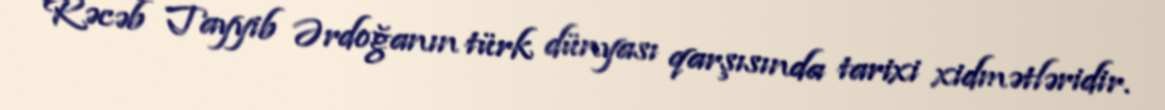
Rəcəb Tayyib Ərdoğanın türk dünyası qarşısında tarixi xidmətləridir.